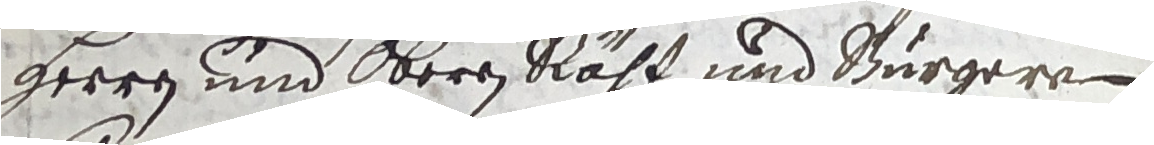
Herren und oberen räht und Burgeren